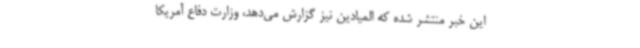
این خبر منتشر شده که المیادین نیز گزارش می‌دهد، وزارت دفاع آمریکا